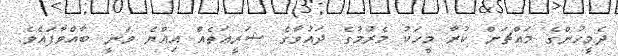
ދެމީހުންގެ މައްޗަށް ކުރާ މީހަކު މެރުމުގެ ދައުވާގެ ޝަރީޢަތެއް އިއްޔެ ވަނީ ބާއްވާފައެވެ.